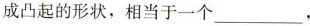
成凸起的形状，相当于一个___，